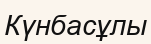
Күнбасұлы